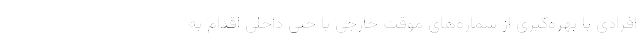
افرادی با بهره‌گیری از شماره‌های موقت خارجی یا حتی داخلی اقدام به